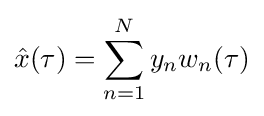
{\hat {x}}(\tau )=\sum _{n=1}^{N}y_{n}w_{n}(\tau )